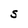
Character: S